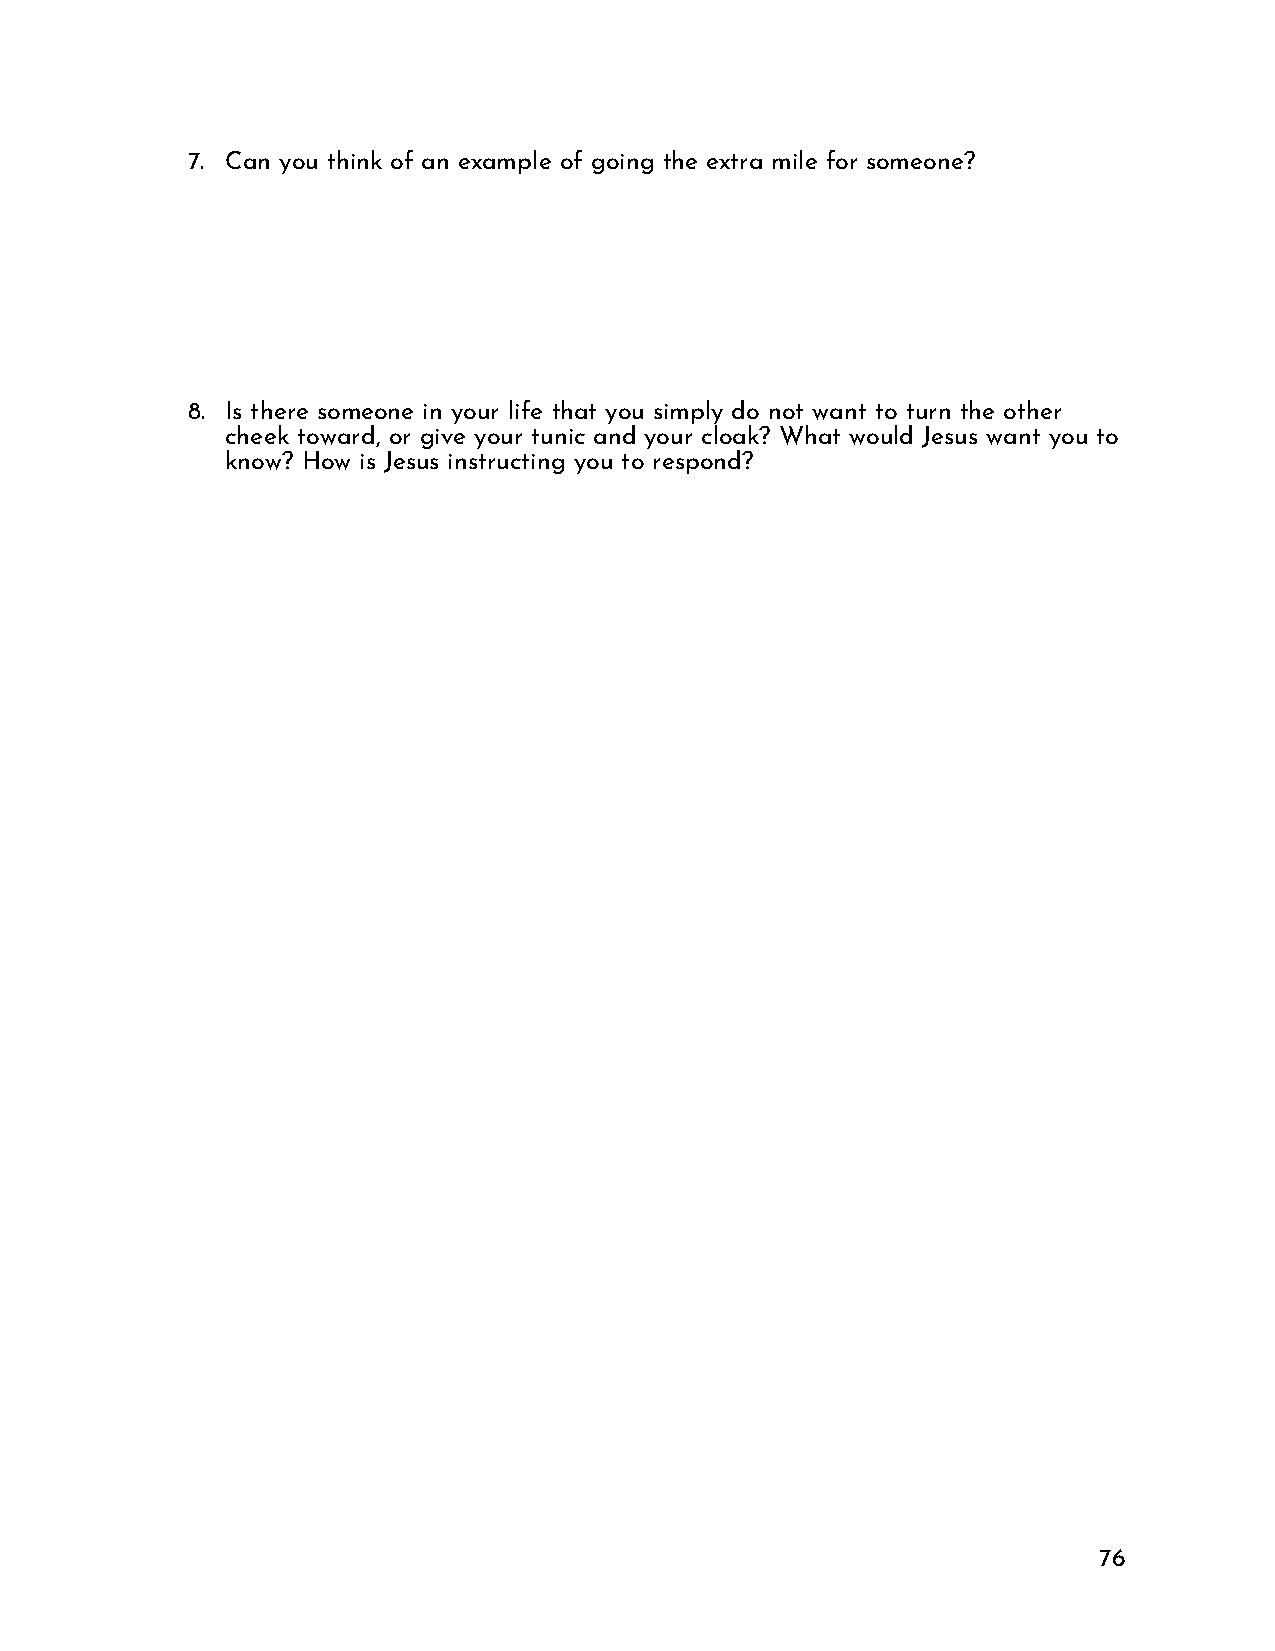
7. Can you think of an example of going the extra mile for someone?
 8. Is there someone in your life that you simply do not want to turn the other
 cheek toward, or give your tunic and your cloak? What would Jesus want you to
 know? How is Jesus instructing you to respond?
 76